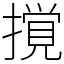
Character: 撹